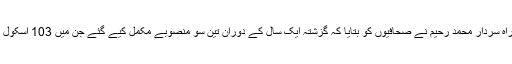
سیرا کے سربراہ سردار محمد رحیم نے صحافیوں کو بتایا کہ گزشتہ ایک سال کے دوران تین سو منصوبے مکمل کیے گئے جن میں 103 اسکول بھی شامل ہیں۔